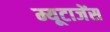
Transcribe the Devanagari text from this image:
म्यूटाजेंस